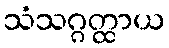
သံသဂ္ဂတ္ထာယ